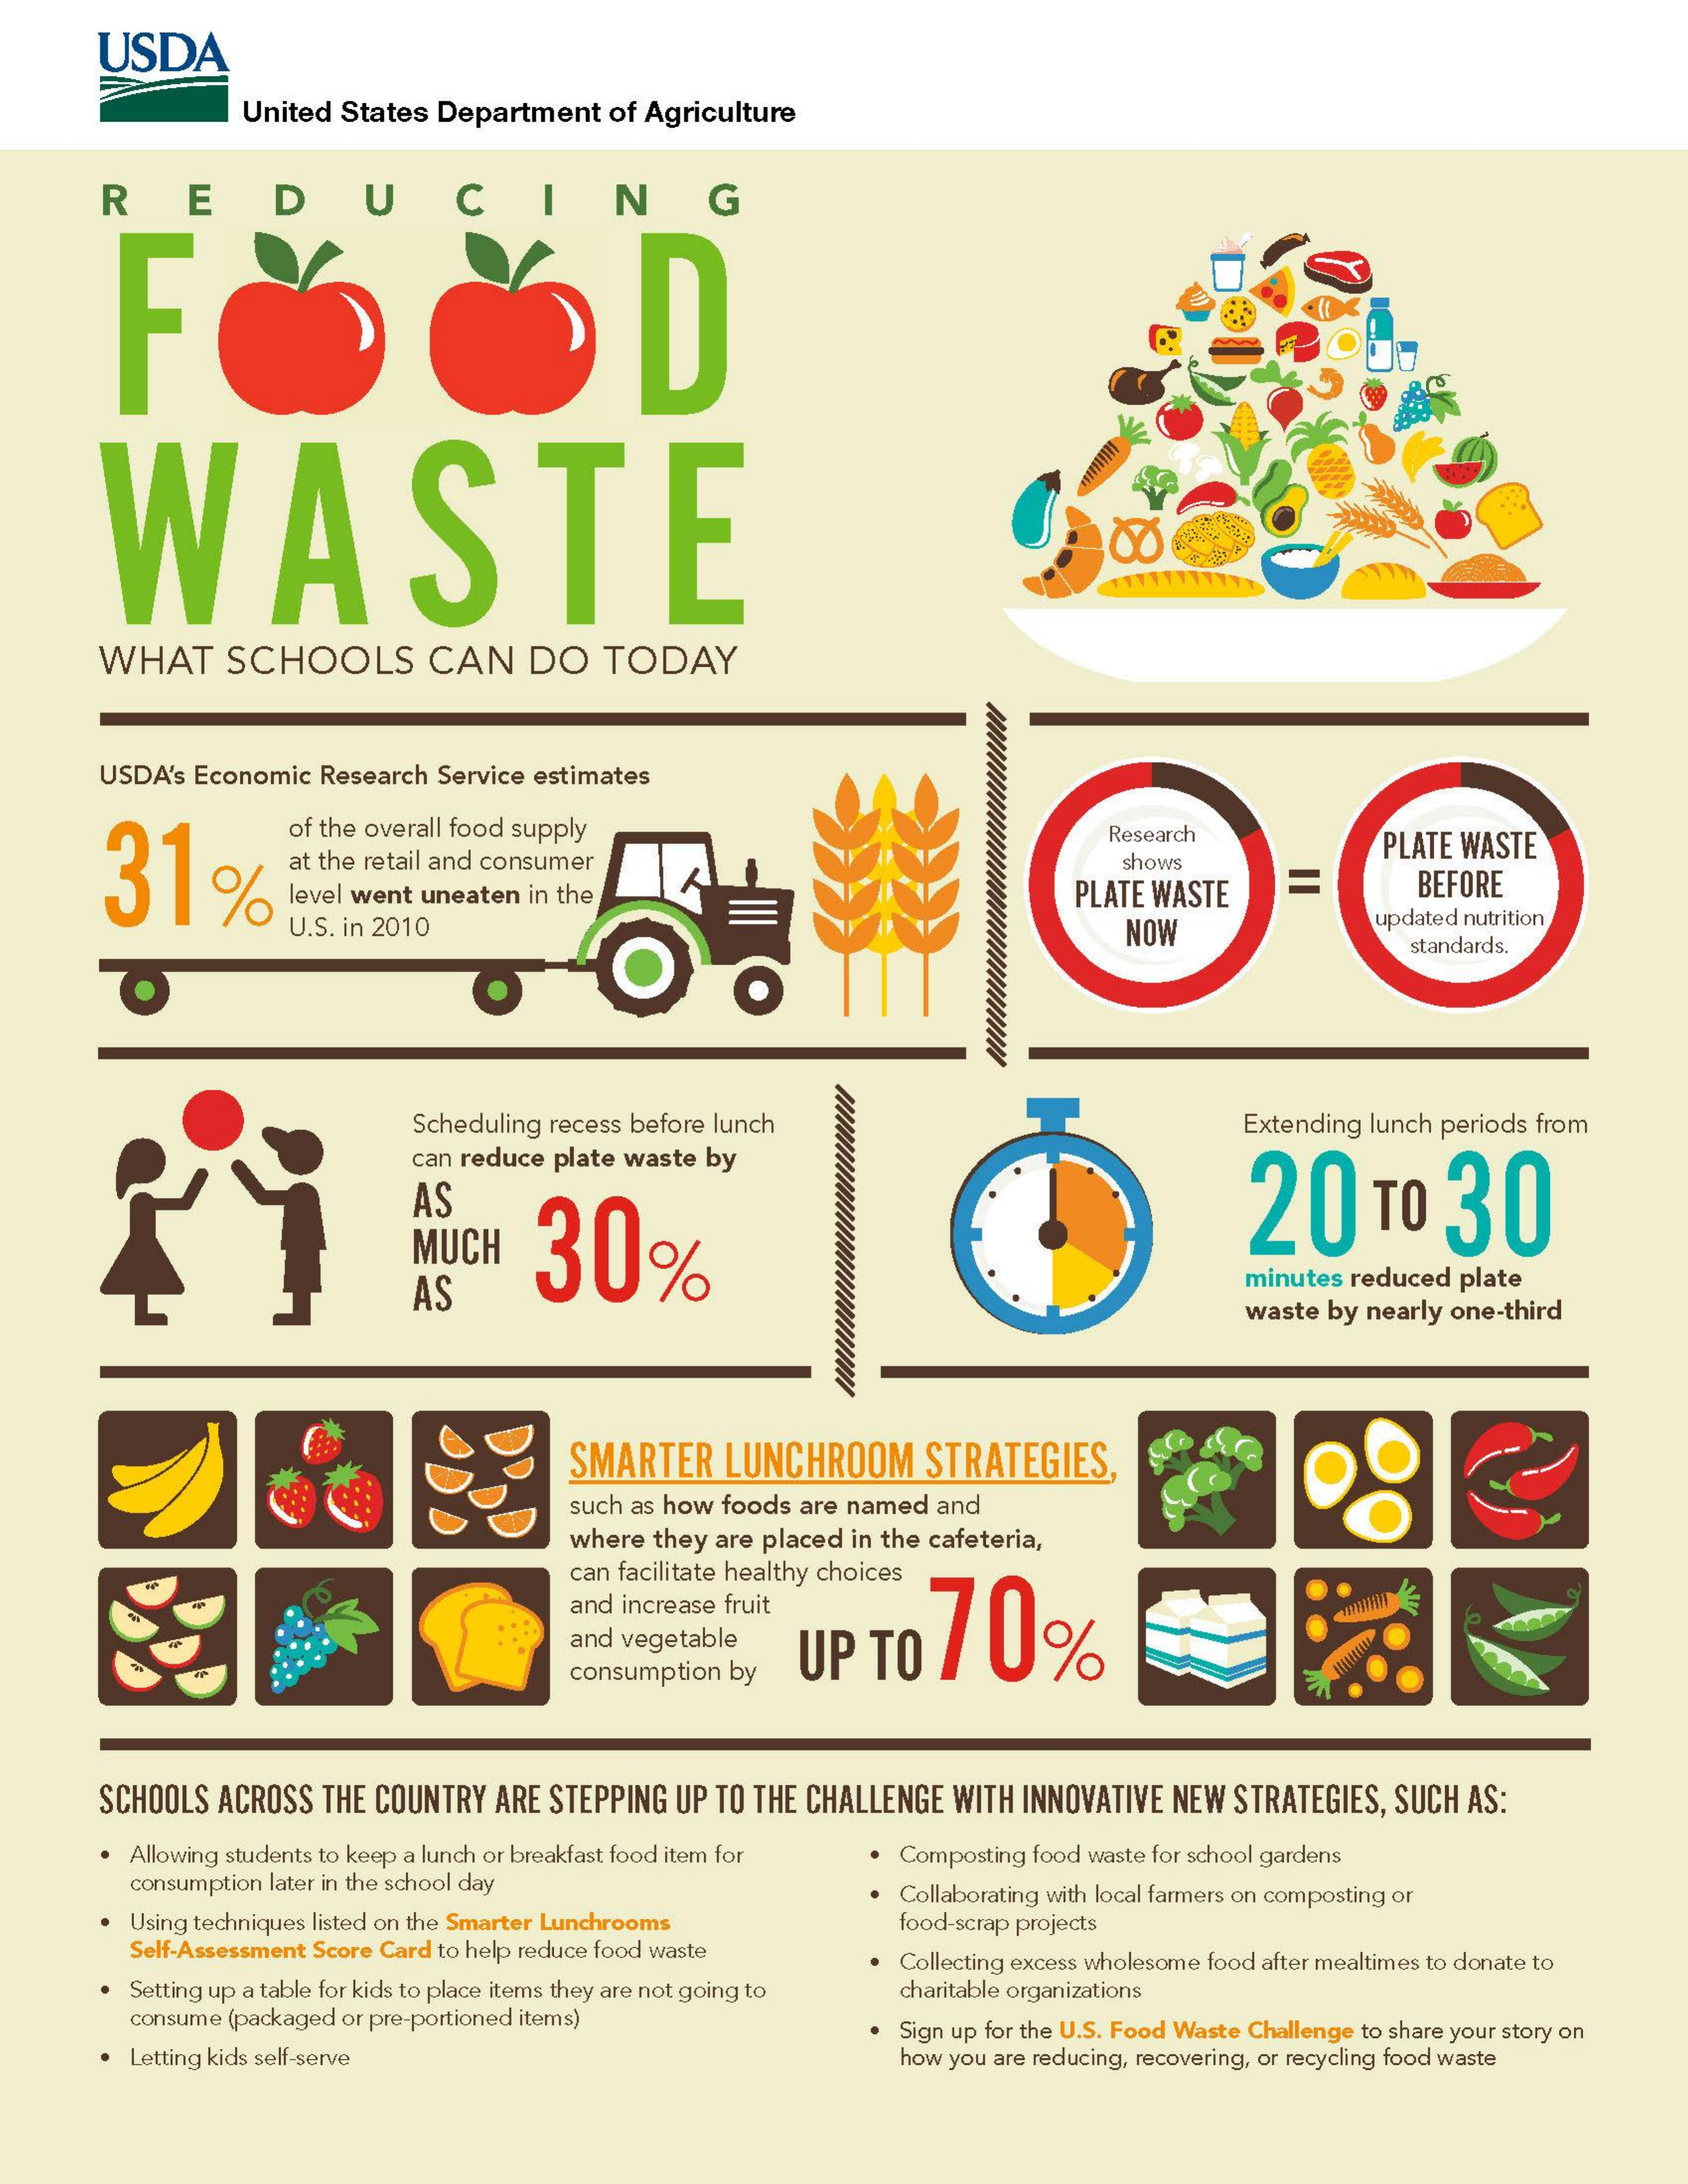
USDA
     United States Department  of Agriculture
     DUC
     -
     R    E    N    G
     LL
     WASTE
     WHAT    SCHOOLS    CAN    DO   TODAY
     USDA's Economic Research Service estimates
     31%
     of the overall food supply
     at the retail and consumer
     Research    PLATE WASTE
     shows
     level went uneaten in the    PLATE WASTE    =    BEFORE
     U.S. in 2010    NOW    updated nutrition
     standards.
     Scheduling recess before lunch    Extending lunch periods from
     can reduce plate waste by
     AS
     30%    20    TO   30
     MUCH
     AS
     minutes reduced plate
     waste by nearly one-third
     SMARTER    LUNCHROOM    STRATEGIES,
     such as how foods are named and
     where they are placed in the cafeteria,
     can facilitate healthy choices
     and increase fruit
     UP   TO   70% and vegetable
     consumption by
     SCHOOLS ACROSS  THE COUNTRY ARE STEPPING UP TO THE CHALLENGE WITH INNOVATIVE NEW STRATEGIES, SUCH AS:
     Allowing students to keep a lunch or breakfast food item for . Composting food waste for school gardens
     consumption later in the school day
     Using techniques listed on the Smarter Lunchrooms
     Collaborating with local farmers on composting or
     Self-Assessment Score Card to help reduce food waste
     food-scrap projects
     Setting up a table for kids to place items they are not going to
     Collecting excess wholesome food after mealtimes to donate to
     consume (packaged or pre-portioned items)
     charitable organizations
     Letting kids self-serve
     Sign up for the U.S. Food Waste Challenge to share your story on
     how you are reducing, recovering, or recycling food waste